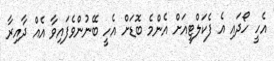
އެހީ ހޯދައި އެ ފެކަލްޓީއަށް އެންމެ ބޮޑަށް އެހީ ބޭނުންވެފައިވާ އެއް ދާއިރާ